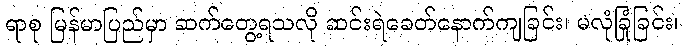
ရာစု မြန်မာပြည်မှာ ဆက်တွေ့ရသလို ဆင်းရဲခေတ်နောက်ကျခြင်း၊ မလုံခြုံခြင်း၊